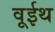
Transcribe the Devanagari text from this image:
वूईथ